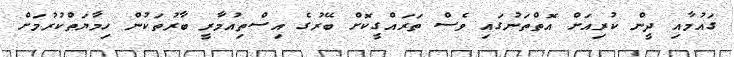
ގައުމާއި ދީން ކުރިއަށް އޮތްތަނުގައި ވެސް ތަރައްގީކޮށް ބޭރުގެ އިސްތިއުމާރީ ބާރުތަކުން ހިމާޔަތްކުރުމަށް